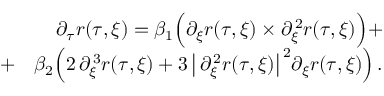
\begin{array} { r l r } { ~ } & { ~ } & { ~ \partial _ { \tau } { \boldsymbol { r } } ( \tau , \xi ) = \beta _ { 1 } \Bigl ( \partial _ { \xi } { \boldsymbol { r } } ( \tau , \xi ) \times \partial _ { \xi } ^ { \, 2 } { \boldsymbol { r } } ( \tau , \xi ) \Bigr ) + } \\ { ~ ~ } & { + } & { \beta _ { 2 } \Bigl ( 2 \, \partial _ { \xi } ^ { \, 3 } { \boldsymbol { r } } ( \tau , \xi ) + { 3 } \, \bigl \vert \, \partial _ { \xi } ^ { \, 2 } { \boldsymbol { r } } ( \tau , \xi ) \bigr \vert ^ { \, 2 } \partial _ { \xi } { \boldsymbol { r } } ( \tau , \xi ) \Bigr ) \, . } \end{array}